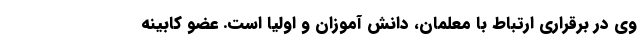
وی در برقراری ارتباط با معلمان، دانش آموزان و اولیا است. عضو کابینه